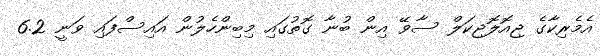
އެމެރިކާގެ ޖިއޮލޮޖިކަލް ސާވޭ އިން ބުނާ ގޮތުގައި މިބިންހެލުން އައިސްފައި ވަނީ 6.2